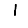
Digit: 1